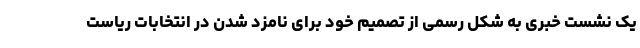
یک نشست خبری به شکل رسمی از تصمیم خود برای نامزد شدن در انتخابات ریاست